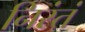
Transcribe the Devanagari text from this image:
निरंतं